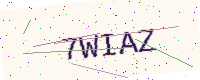
Text: 7WIAZ